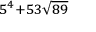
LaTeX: \scriptstyle 5 ^ { 4 } + 5 3 { \sqrt { 8 9 } }